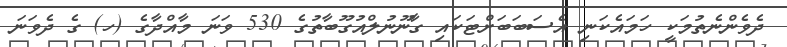
ދެވެންނެތުމަކީ ހަމައެކަނި އެސަބަބަށްޓަކައި ގާނޫނުލްއުގޫބާތުގެ 530 ވަނަ މާއްދާގެ (ހ) ގެ ދެވަނަ